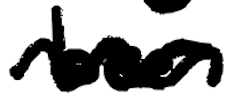
Text: been
Cross-out: wave
Writing tool: digital_black